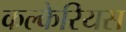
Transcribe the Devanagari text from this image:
कल्केरियस